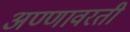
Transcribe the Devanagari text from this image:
अण्णावरती